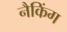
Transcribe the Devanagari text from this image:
नैकिंग